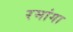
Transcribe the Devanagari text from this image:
रमांगा